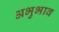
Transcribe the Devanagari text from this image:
अभुभाव